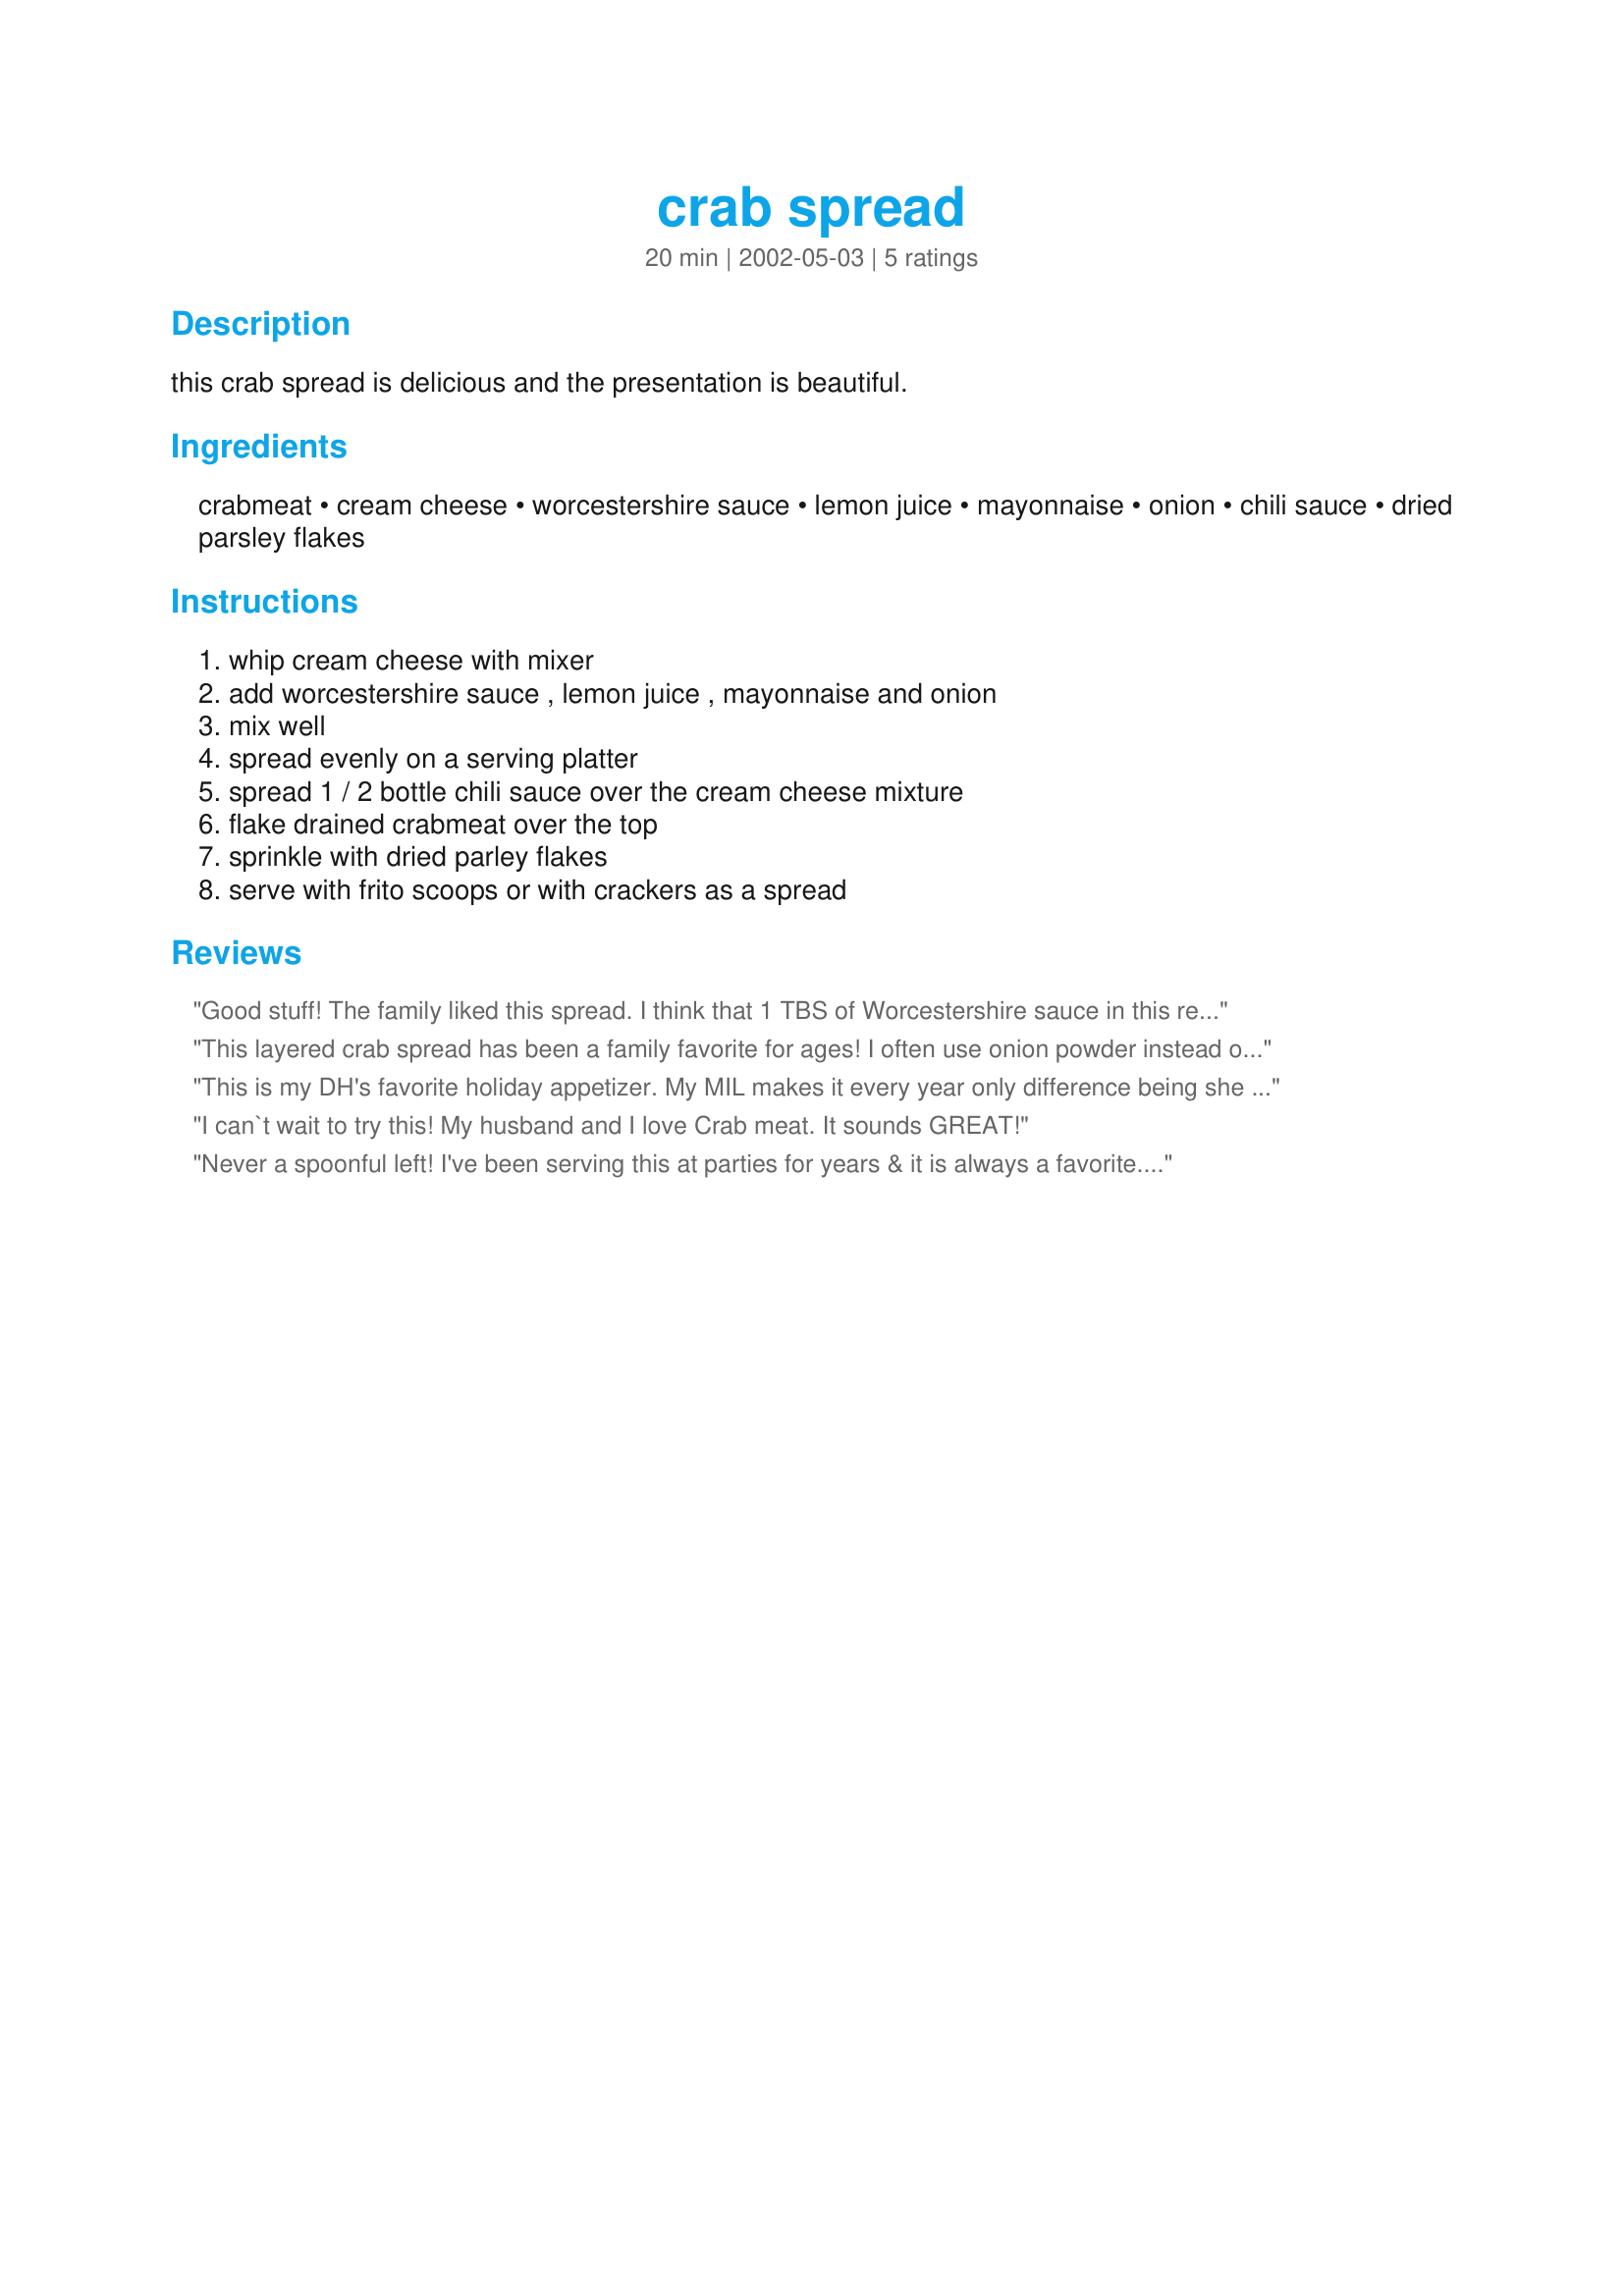
crab spread
Preparation time: 20 minutes

this crab spread is delicious and the presentation is beautiful.

Ingredients:
crabmeat, cream cheese, worcestershire sauce, lemon juice, mayonnaise, onion, chili sauce, dried parsley flakes

Steps:
whip cream cheese with mixer, add worcestershire sauce , lemon juice , mayonnaise and onion, mix well, spread evenly on a serving platter, spread 1 / 2 bottle chili sauce over the cream cheese mixture, flake drained crabmeat over the top, sprinkle with dried parley flakes, serve with frito scoops or with crackers as a spread

Reviews:
Good stuff! The family liked this spread. I think that 1 TBS of Worcestershire sauce in this recipe would be more to my liking. I had a bit of a problem with the cream cheese mixture sticking to the bottom of the dish. Maybe a little more mayo would have made the cream cheese less "sticky". I used recipe #26420 as the topping instead of prepared chili sauce.
This layered crab spread has been a family favorite for ages! I often use onion powder instead of raw onion and sometimes, when I am feeling a bit saucy, I add a touch of horseradish in with the cream cheese. Make sure to provide sturdy crackers and raw veggies.
This is my DH's favorite holiday appetizer. My MIL makes it every year only difference being she adds 1/4 tsp garlic salt. I couldn't find the recipe this morning and was thrilled when I saw you had it posted, Thanks so much for posting! Nick's Mom
I can`t wait to try this! My husband and I love Crab meat. It sounds GREAT!
Never a spoonful left! I've been serving this at parties for years & it is always a favorite. I omit the mayo and add some garlic powder. I also add chopped green onions (tops & bottoms) to the cream cheese mixture. I serve with Wheat Thins and Sociable crackers.
This deserves 10 stars.
